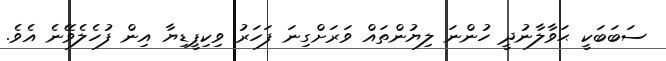
ސަބަބަކީ ޙަވާލާނުދީ ހުންނަ ލިޔުންތައް ވަރަށްގިނަ ފަހަރު ވިކިޕީޑިޔާ އިން ފުހެލެވޭނެ އެވެ.